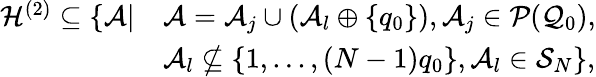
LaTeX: \begin{array}{rl}{\mathcal{H}^{(2)}\subseteq\{ \mathcal{A}\vert}&{\mathcal{A}=\mathcal{A}_{j}\cup(\mathcal{A}_{l}\oplus\{ q_{0}\} ),\mathcal{A}_{j}\in\mathcal{P}(\mathcal{Q}_{0}),}\\ &{\mathcal{A}_{l}\not\subseteq\{ 1,...,(N-1)q_{0}\} ,\mathcal{A}_{l}\in\mathcal{S}_{N}\} ,}\end{array}